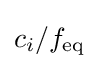
c_{i}/f_{\mathrm {eq} }